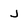
Character: J